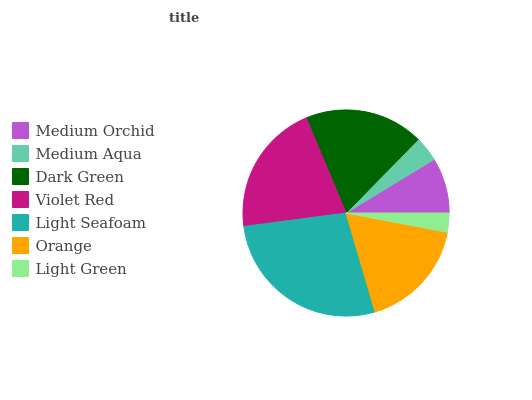
| Medium Orchid | Medium Aqua | Dark Green | Violet Red | Light Seafoam | Orange | Light Green |
 | --- | --- | --- | --- | --- | --- | --- |
 | 8.7% | 3.96% | 18.6% | 20.8% | 27.4% | 17.5% | 2.99% |